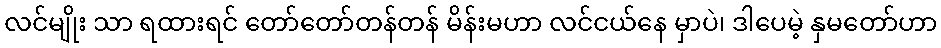
လင်မျိုး သာ ရထားရင် တော်တော်တန်တန် မိန်းမဟာ လင်ငယ်နေ မှာပဲ၊ ဒါပေမဲ့ နှမတော်ဟာ